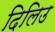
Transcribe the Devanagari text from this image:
दिलिउ